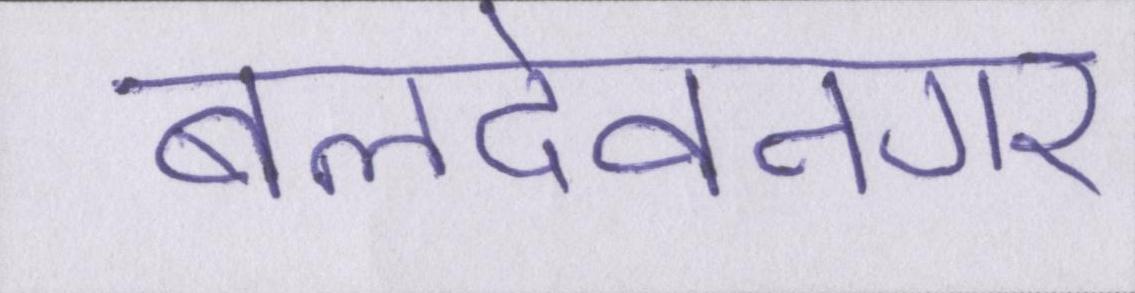
बलदेवनगर